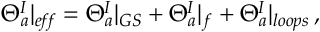
\Theta _ { a } ^ { I } | _ { e \! f \! f } = \Theta _ { a } ^ { I } | _ { G S } + \Theta _ { a } ^ { I } | _ { f } + \Theta _ { a } ^ { I } | _ { l o o p s } \, ,